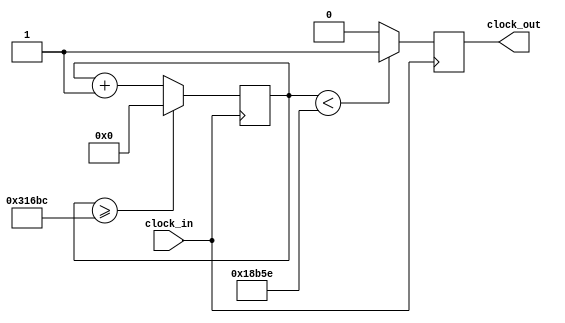
`timescale 1ns / 1ps
//////////////////////////////////////////////////////////////////////////////////
// Company: 
// Engineer: 
// 
// Design Name: 
// Module Name:    si 
// Project Name: 
// Target Devices: 
// Tool versions: 
// Description: 
//
// Dependencies: 
//
// Revision: 
// Revision 0.01 - File Created
// Additional Comments: 
//
//////////////////////////////////////////////////////////////////////////////////
module si (input clock_in, output reg clock_out);

reg [27:0]  counter = 28'd0;
parameter DIVISOR = 28'd202429;
always @(posedge clock_in)
begin
counter <= counter + 28'd1;
if (counter >=(DIVISOR-1))
counter <= 28'd0;
clock_out <= (counter<DIVISOR/2)?1'b1:1'b0;

end

endmodule